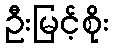
ဦးမြင့်စိုး